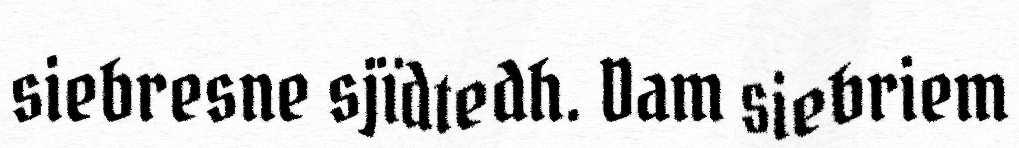
siebresne sjïdtedh. Dam siebriem